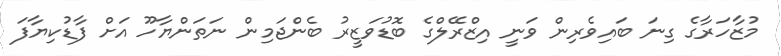
މުޒާހަރާގެ ގިނަ ބައިވެރިން ވަނީ އިޒްރޭލްގެ ބޮޑުވަޒީރު ބެންޖަމިން ނަތަންޔާހޫ އަށް ފާޑުކިޔާފަ